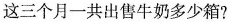
这三个月一共出售牛奶多少箱?